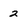
Character: 2